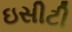
ઇસીટી